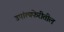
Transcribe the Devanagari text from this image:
उपांत्यफेरीतील